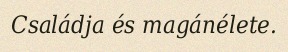
Családja és magánélete.